Madras plague regulations and rules - Volume 1
Disease focus: Plague
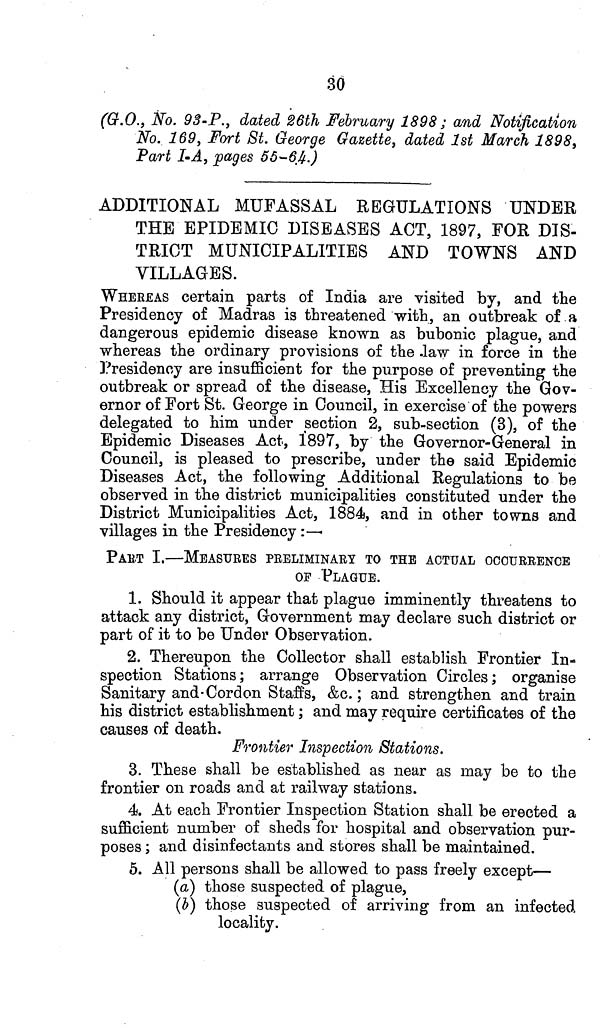
30
(G.O., No. 93-P., dated 26th February 1898 ; and Notification
No. 169, Fort St. George Gazette, dated 1st March 1898,
Part I-A, pages 55-64.)
ADDITIONAL MUFASSAL REGULATIONS UNDER
THE EPIDEMIC DISEASES ACT, 1897, FOR DIS-
TRICT MUNICIPALITIES AND TOWNS AND
VILLAGES.
WHEREAS certain parts of India are visited by, and the
Presidency of Madras is threatened with, an outbreak of a
dangerous epidemic disease known as bubonic plague, and
whereas the ordinary provisions of the law in force in the
Presidency are insufficient for the purpose of preventing the
outbreak or spread of the disease, His Excellency the Gov-
ernor of Fort St. George in Council, in exercise of the powers
delegated to him under section 2, sub-section (3), of the
Epidemic Diseases Act, 1897, by the Governor-General in
Council, is pleased to prescribe, under the said Epidemic
Diseases Act, the following Additional Regulations to be
observed in the district municipalities constituted under the
District Municipalities Act, 1884, and in other towns and
villages in the Presidency :—
PART I.—MEASURES PRELIMINARY TO THE ACTUAL OCCURRENCE
OF PLAgUE.
1. Should it appear that plague imminently threatens to
attack any district, Government may declare such district or
part of it to be Under Observation.
2. Thereupon the Collector shall establish Frontier In-
spection Stations; arrange Observation Circles ; organise
Sanitary and Cordon Staffs, &c. ; and strengthen and train
his district establishment ; and may require certificates of the
causes of death.
Frontier Inspection Stations.
3. These shall be established as near as may be to the
frontier on roads and at railway stations.
4. At each Frontier Inspection Station shall be erected a
sufficient number of sheds for hospital and observation pur-
poses ; and disinfectants and stores shall be maintained.
5. All persons shall be allowed to pass freely except—
(a) those suspected of plague,
(b) those suspected of arriving from an infected
locality.